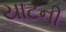
યાટની